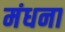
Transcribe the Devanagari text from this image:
मंधना